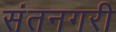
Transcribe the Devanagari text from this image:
संतनगरी